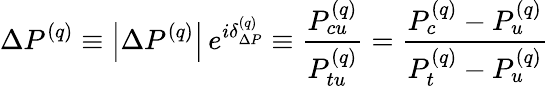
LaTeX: \Delta P^{(q)}\equiv\left|\Delta P^{(q)}\right|\, e^{i\delta_{\Delta P}^{(q)}}\equiv\frac{P_{cu}^{(q)}}{P_{tu}^{(q)}}=\frac{P_{c}^{(q)}-P_{u}^{(q)}}{P_{t}^{(q)}-P_{u}^{(q)}}